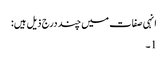
انہی صفات میں چند درج ذیل ہیں:
1۔